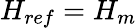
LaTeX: H_{ref}=H_{m}